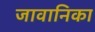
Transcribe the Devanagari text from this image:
जावानिका